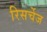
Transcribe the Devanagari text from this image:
रिसर्चेज